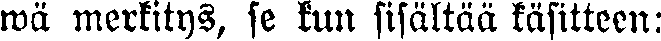
wä merkitys, se kun sisältää käsitteen: